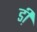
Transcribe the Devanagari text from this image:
डी़